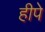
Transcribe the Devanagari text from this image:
हीपे